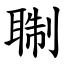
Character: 䎺